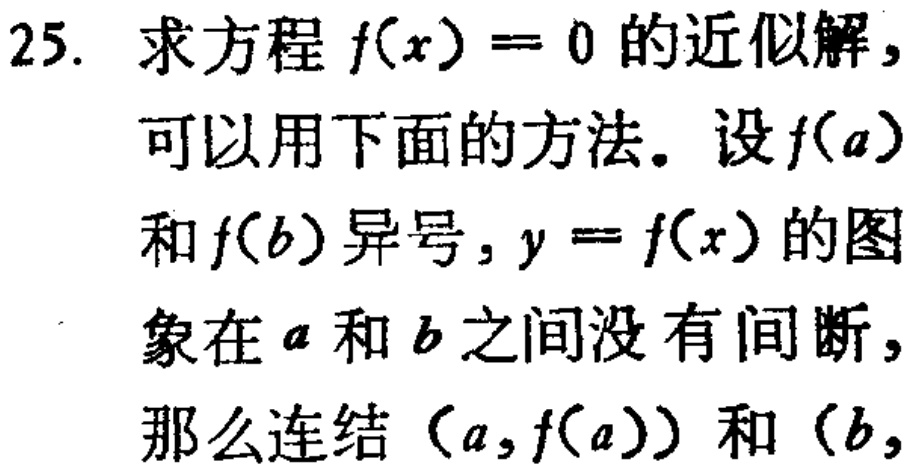
25. 求方程 \(f(x)=0\) 的近似解，可以用下面的方法。设 \(f(a)\)和 \(f(b)\)异号，\(y = f(x)\) 的图象在 \(a\) 和 \(b\) 之间没有间断，那么连结 \((a,f(a))\) 和 \((b,\)